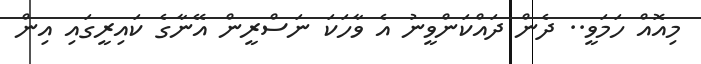
މިއޮއް ހަމަވީ.. ދެން ދައްކަންވީނު އެ ވާހަކަ ނަސްރީން އޭނާގެ ކައިރީގައި އިން